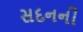
સદનની